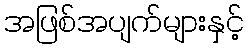
အဖြစ်အပျက်များနှင့်